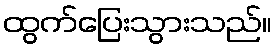
ထွက်ပြေးသွားသည်။